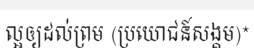
ល្អឲ្យដល់ព្រម (ប្រយោជន៍សង្គម)*